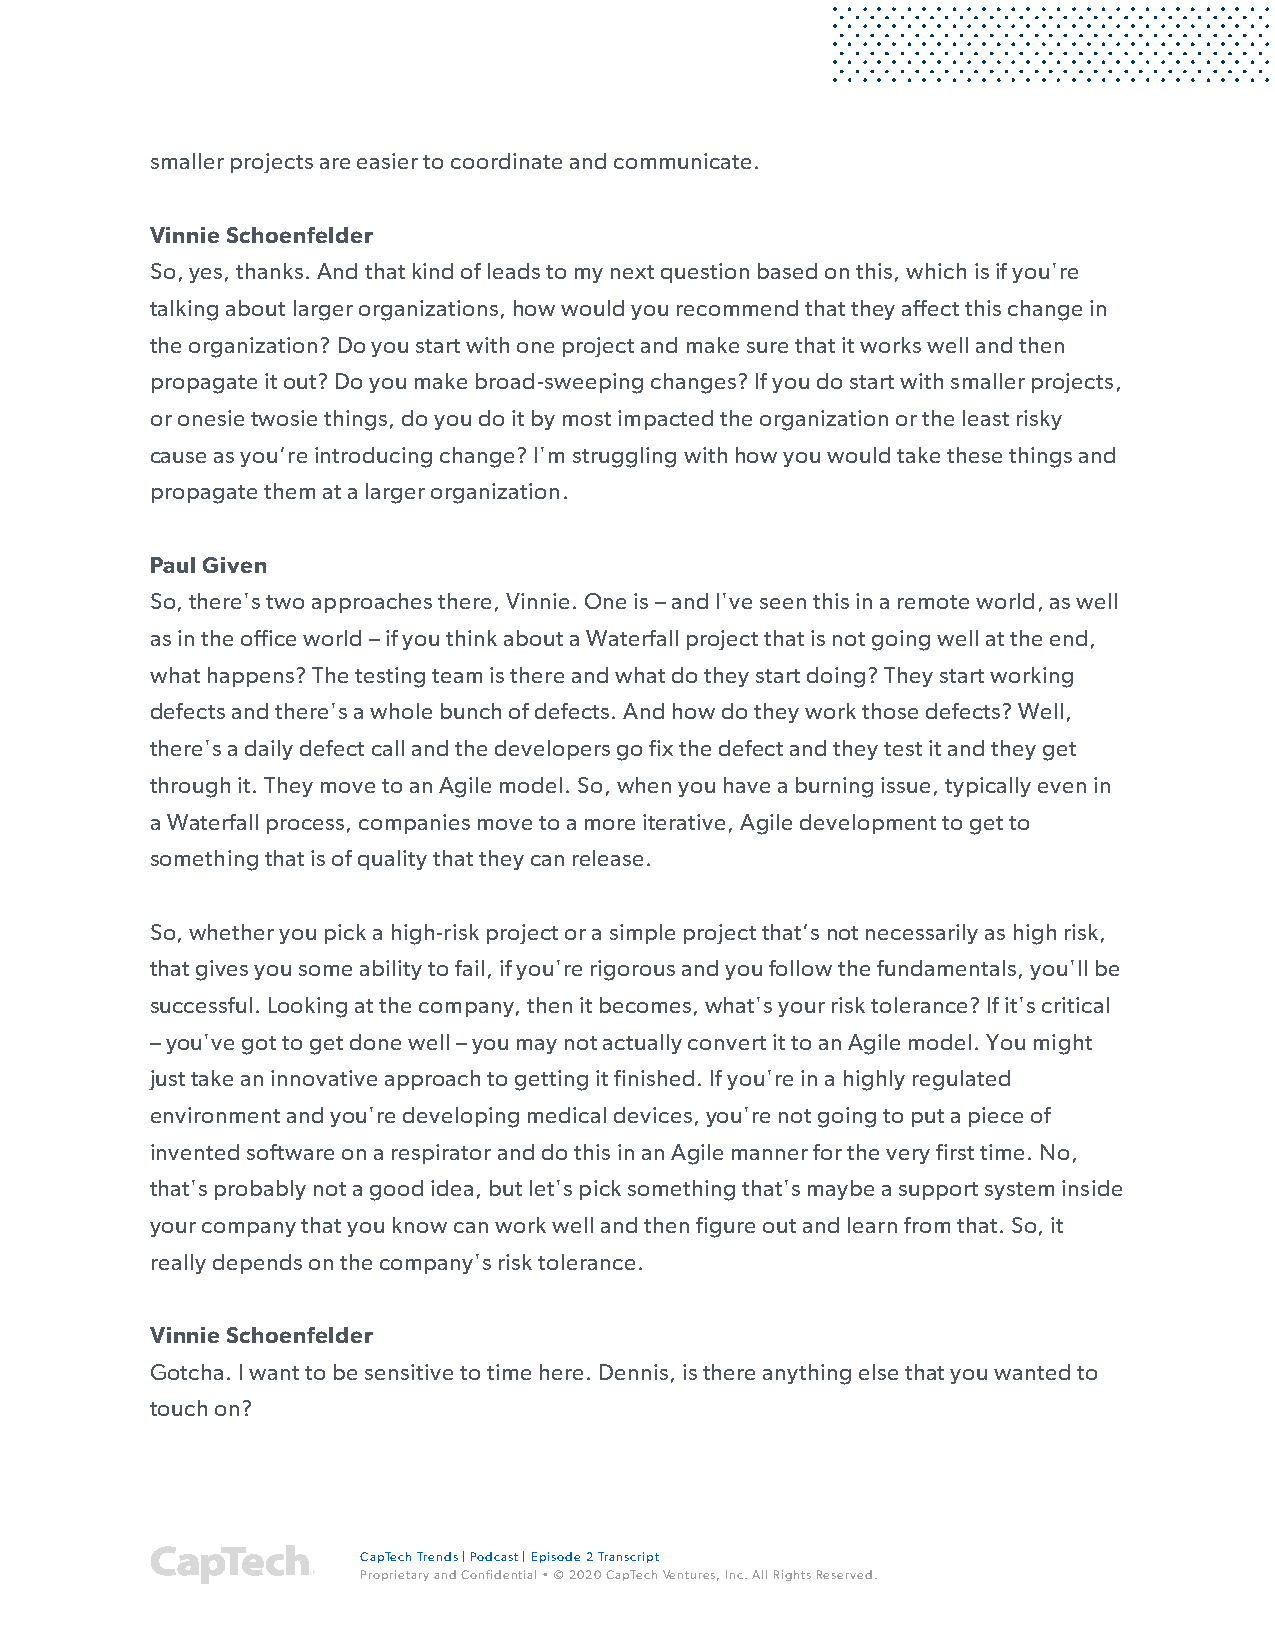
smaller projects are easier to coordinate and communicate.
 Vinnie Schoenfelder
 So, yes, thanks. And that kind of leads to my next question based on this, which is if you're
 talking about larger organizations, how would you recommend that they affect this change in
 the organization? Do you start with one project and make sure that it works well and then
 propagate it out? Do you make broad-sweeping changes? If you do start with smaller projects,
 or onesie twosie things, do you do it by most impacted the organization or the least risky
 cause as you’re introducing change? I'm struggling with how you would take these things and
 propagate them at a larger organization.
 Paul Given
 So, there's two approaches there, Vinnie. One is – and I've seen this in a remote world, as well
 as in the office world – if you think about a Waterfall project that is not going well at the end,
 what happens? The testing team is there and what do they start doing? They start working
 defects and there's a whole bunch of defects. And how do they work those defects? Well,
 there's a daily defect call and the developers go fix the defect and they test it and they get
 through it. They move to an Agile model. So, when you have a burning issue, typically even in
 a Waterfall process, companies move to a more iterative, Agile development to get to
 something that is of quality that they can release.
 So, whether you pick a high-risk project or a simple project that’s not necessarily as high risk,
 that gives you some ability to fail, if you're rigorous and you follow the fundamentals, you'll be
 successful. Looking at the company, then it becomes, what's your risk tolerance? If it's critical
 –you've got to get done well – you may not actually convert it to an Agile model. You might
 just take an innovative approach to getting it finished. If you're in a highly regulated
 environment and you're developing medical devices, you're not going to put a piece of
 invented software on a respirator and do this in an Agile manner for the very first time. No,
 that's probably not a good idea, but let's pick something that's maybe a support system inside
 your company that you know can work well and then figure out and learn from that. So, it
 really depends on the company's risk tolerance.
 Vinnie Schoenfelder
 Gotcha. I want to be sensitive to time here. Dennis, is there anything else that you wanted to
 touch on?
 CapTech Trends | Podcast | Episode 2 Transcript
 Proprietary and Confidential • © 2020 CapTech Ventures, Inc. All Rights Reserved.